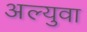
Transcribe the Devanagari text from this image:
अल्युवा